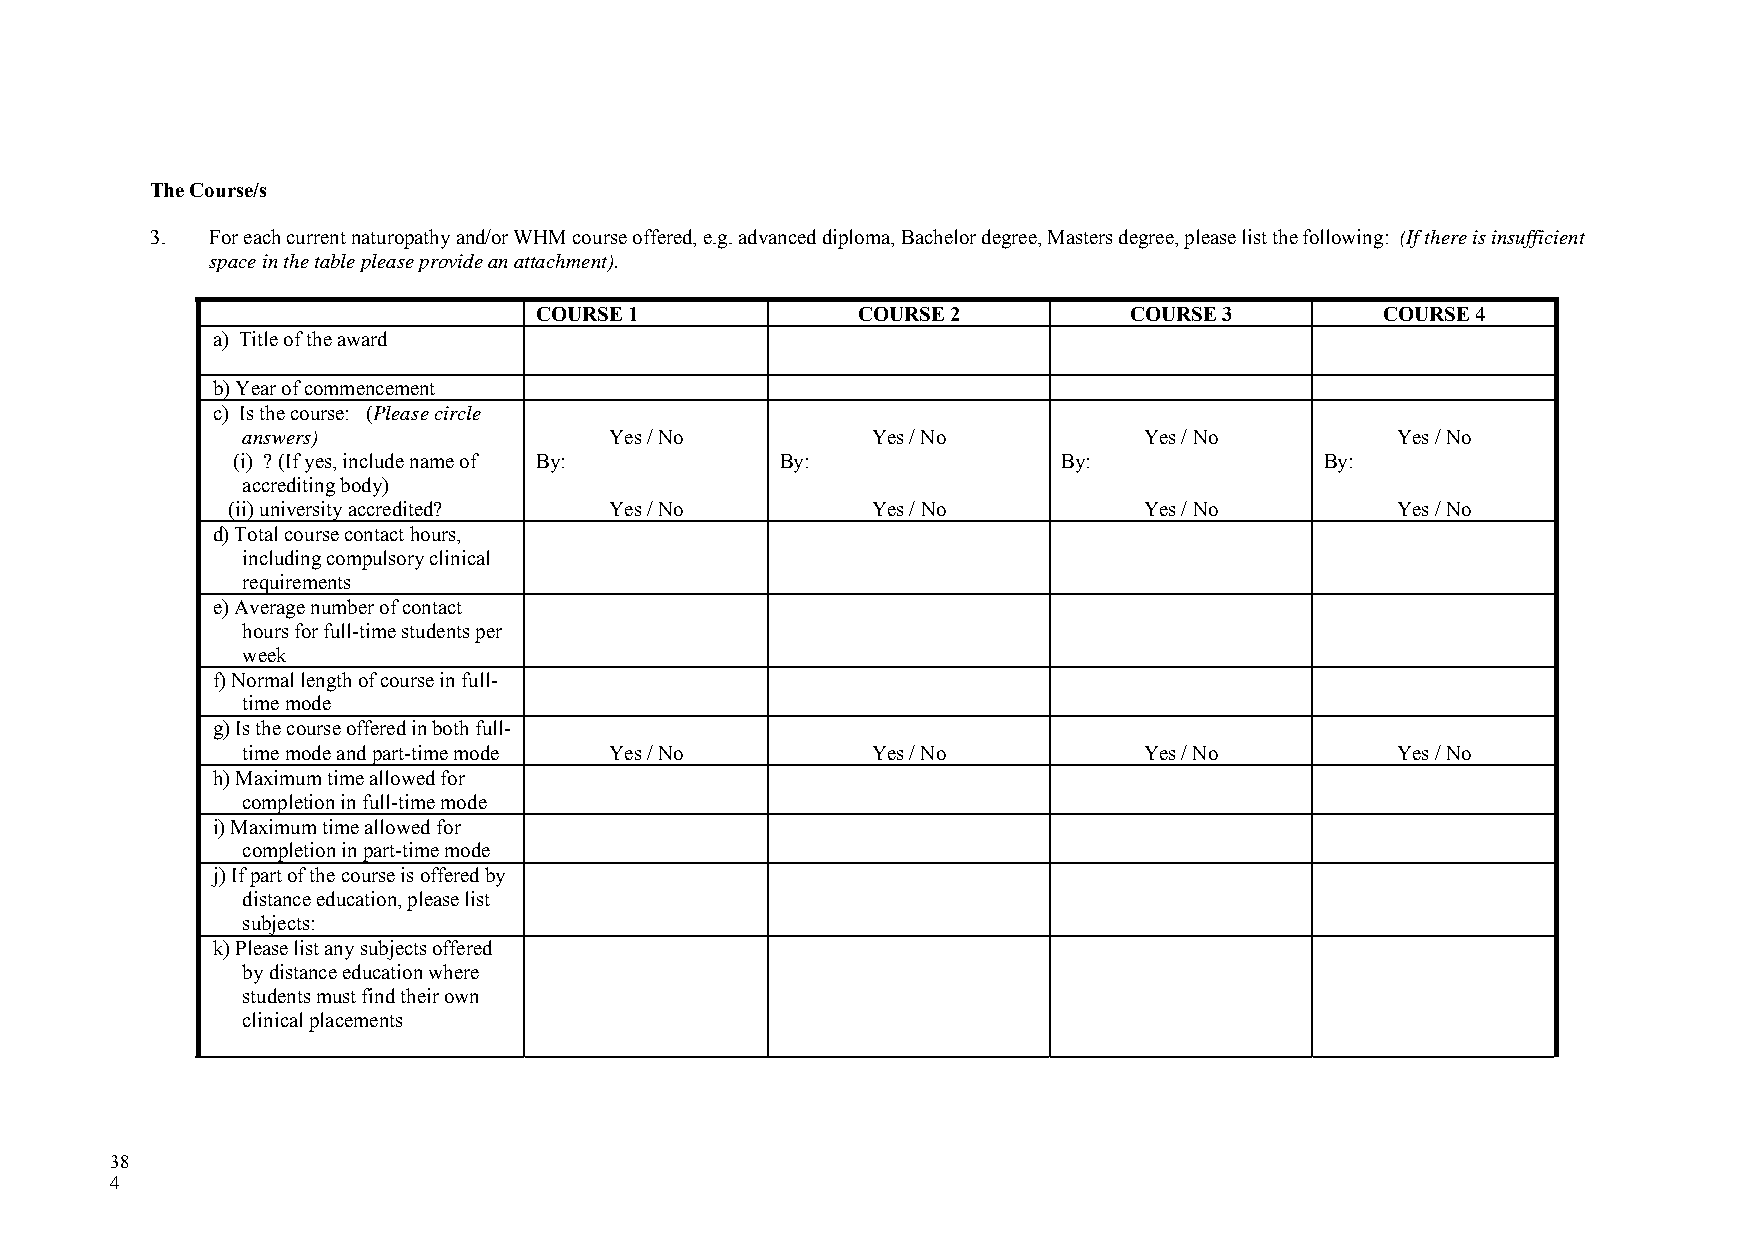
The Course/s
 3.  For each current naturopathy and/or WHM course offered, e.g. advanced diploma, Bachelor degree, Masters degree, please list the following: (If there is insufficient
 space in the table please provide an attachment).
 COURSE 1              COURSE 2          COURSE 3         COURSE 4
 a) Title of the award
 b) Year of commencement
 c) Is the course: (Please circle
 answers)                Yes / No          Yes / No          Yes / No        Yes / No
 (i) ? (If yes, include name of By:   By:               By:               By:
 accrediting body)
 (ii) university accredited? Yes / No       Yes / No          Yes / No        Yes / No
 d) Total course contact hours,
 including compulsory clinical
 requirements
 e) Average number of contact
 hours for full-time students per
 week
 f) Normal length of course in full-
 time mode
 g) Is the course offered in both full-
 time mode and part-time mode Yes / No     Yes / No          Yes / No        Yes / No
 h) Maximum time allowed for
 completion in full-time mode
 i) Maximum time allowed for
 completion in part-time mode
 j) If part of the course is offered by
 distance education, please list
 subjects:
 k) Please list any subjects offered
 by distance education where
 students must find their own
 clinical placements
 38
 4